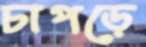
চাপড়ে